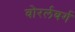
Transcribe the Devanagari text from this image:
वोरर्लबर्ग